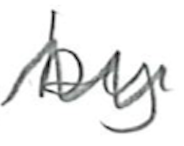
Text: by
Cross-out: zig-zag
Writing tool: pencil